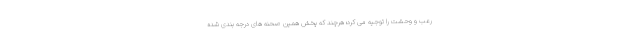
رعب و وحشت را توجیه می کرد؛ هرچند که پخش همین صحنه های درجه بندی شده